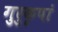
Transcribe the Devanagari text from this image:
गुरुकृपां